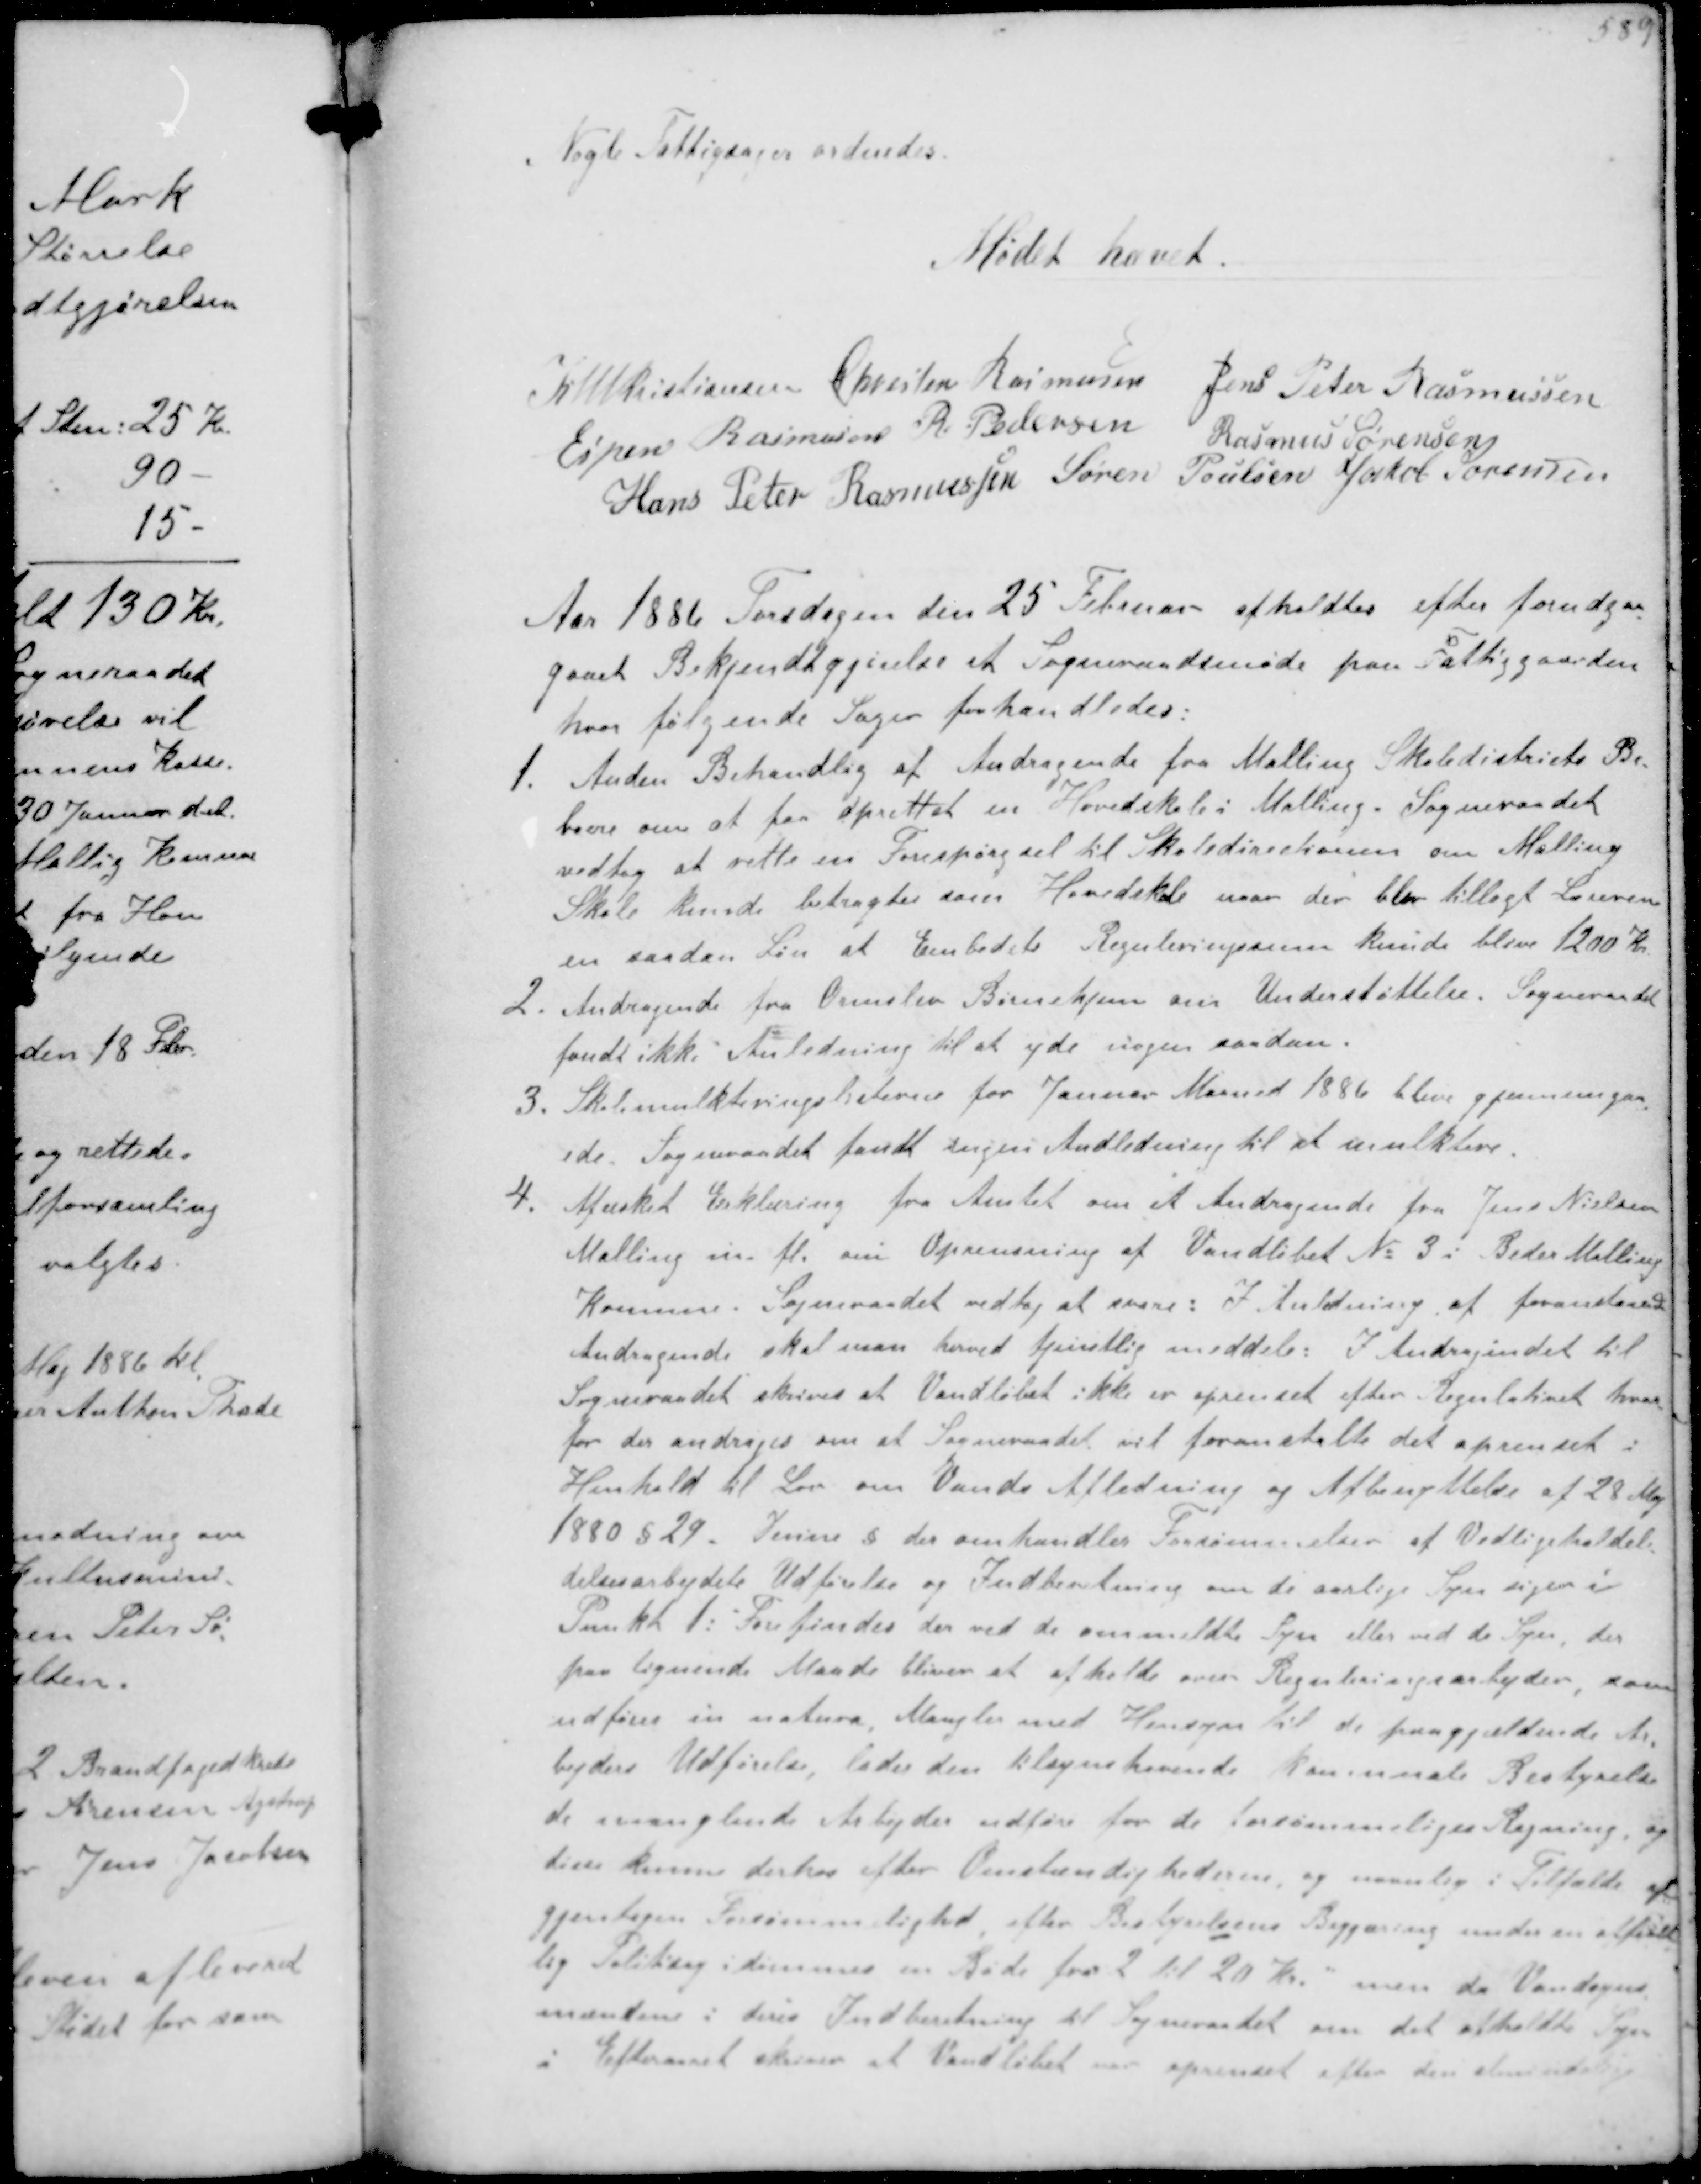
Transskription:
Nogle Fattigsager ordnedes.

Mødet hævet

K N M Kristiansen Chresten Rasmussen Jens Peter Rasmussen
Espen Rasmussen R. Pedersen Rasmus Sørensen
Hans Peter Rasmussen Søren Poulsen Jakob Sørensen
Aar 1886 Torsdagen den 25 Februar afholdtes efter forudgå-
gaaet Bekjendtgjørelse et Sogneraadsmøde paa Fattiggaarden
hvor følgende Sager forhandledes:
1. Anden Behandlig af Andragende fra Malling Skoledistricts Be-
boere om at faa oprettet en Hovedskole i Malling. Sogneraadet
vedtog at rette en Forespørgsel til Skoledirectionen om Malling
Skole kunde betragtes som Hovedskole naar der blev tillagt Læreren
en saadan Løn at Embedets Reguleringssum kunde blive 1200 Kr
2. Andragende fra Omslev Børnehjem om Understøttelse. Sogneraadet
fandt ikke Anledning til at yde nogen saadan
3. Skolemulkteringslisterne for Januar Maaned 1886 bleve gjennemgaa-
ede. Sogneraadet fandt ingen Andledning til at mulktere
4. Afæsket Erklæring fra Amtet om et Andragende fra Jens Nielsen
Malling m.fl. om Oprensning af Vandløbet No 3 i Beder Malling
Kommune. Sogneraadet vedtog at svare: I Anledning af foranstaaende
Andragende skal man herved tjenstlig meddele. I Andragendet til
Sogneraadet skrives at Vandløbet ikke er oprenset efter Regulativet hvor-
for der andrages om at Sogneraadet vil foranstalte det oprenset i
Henhold til Lov om Vande Afledning og Afbenyttelse af 28 Maj
1880 § 29 denne § der omhandles Forsømmelser af Vedligehold-
delsesarbejdets Udførelse og Indberetning om de aarlige Syn siger i
Punkt 1: Forefindes der ved de ommeldte Syn eller ved de Syn, der
paa lignende Maade bliver at afholde over Reguleringsarbejder, som
udføres in natura, Mangler med Hensyn til de paagjældende Ar-
bejders Udførelse, lader den tilsynshavende kommunale Bestyrelse
de manglende Arbejde udføre for de forsømmeliges Regning og
der kunne derhos efter Omstændighederne, og navnlig i Tilfælde af
gjentagen Forsømmelighed, eller Bestyrelsens Begjæring under en offent-
lig Politisag idemmes en Bøde fra 2 til 20 Kr men da Vandsyns-
mændene i dens Indberetning til Sogneraadet om det afholdte Syn
i Efteraaret skriver at Vandløbet var oprenset efter den almindelige